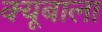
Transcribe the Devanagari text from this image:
क्यूबाला